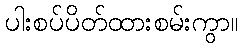
ပါးစပ်ပိတ်ထားစမ်းကွာ။